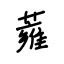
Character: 蕹